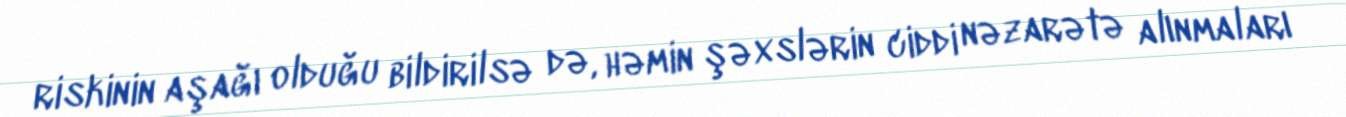
riskinin aşağı olduğu bildirilsə də, həmin şəxslərin ciddi nəzarətə alınmaları